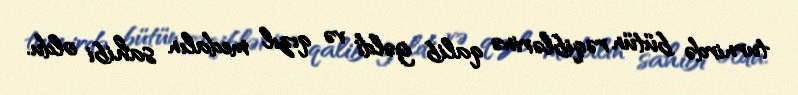
turnirdə bütün rəqiblərinə qalib gəldi və qızıl medalın sahibi oldu.